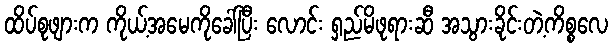
ထိပ်စုဖျားက ကိုယ့်အမေကိုခေါ်ပြီး လောင်း ရှည်မိဖုရားဆီ အသွားခိုင်းတဲ့ကိစ္စလေ